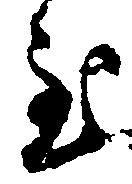
至